system: You are a helpful assistant.
user:
Analyze the provided spectrum to determine if it is a **White Dwarf (WD)**.

A White Dwarf spectrum is defined by its **extreme purity** (due to gravitational settling) and/or **extreme pressure broadening** (due to high surface gravity). You must check for one of the following mutually exclusive signatures:

- **Key Visual Indicators (Check for ONE of these types):**

    - **1. DA-Type Signature (Most Common):**
        - **(Primary Feature):** Extreme pressure broadening (Stark broadening) of the **Hydrogen (H) Balmer lines**.
        - **(Key Lines):** $H\beta$ (approx. $4861$ Å) and $H\gamma$ (approx. $4340$ Å). $H\alpha$ (approx. $6563$ Å) will also be present if the wavelength range covers it.
        - **(Line Profile):** This is the **defining feature**. The lines are **NOT** sharp. They appear as massive, **extremely broad and deep "troughs" or "dips"** in the spectrum, often hundreds of Ångströms wide. The continuum will appear to "scoop" down at these wavelengths.
        - **(Distinction):** Normal A-type or B-type stars have *narrow* and *sharp* Hydrogen lines. A DA White Dwarf's lines are unmistakably "smeared" or "blurry" from pressure.

    - **2. DB-Type Signature:**
        - **(Primary Feature):** Broad absorption lines from **Neutral Helium (He I)**. The spectrum must lack any visible Hydrogen lines.
        - **(Key Lines):** Look for broad absorption near $4471$ Å, $4921$ Å, and $5876$ Å.
        - **(Line Profile):** These lines are also significantly pressure-broadened, appearing much wider than they would in a normal B-type main-sequence star.

    - **3. DC-Type Signature:**
        - **(Primary Feature):** A **featureless continuous spectrum**.
        - **(Line Profile):** The spectrum is a smooth curve with **no significant absorption or emission lines**.
        - **(Key Confirmation):** The continuum is almost always **blue or white**, indicating a hot object. This signature implies the atmosphere is so pure (or so cool) that no spectral lines are visible in the optical range. Its WD identity is confirmed by its extremely low intrinsic brightness (high absolute magnitude).

    - **4. DZ-Type Signature (Metal-Polluted):**
        - **(Primary Feature):** **Isolated, narrow metal absorption lines** on an otherwise featureless (DC-like) continuum.
        - **(Key Lines):** The **Calcium (Ca II) H & K doublet** (approx. **$3934$ Å** and **$3968$ Å**) is the most common and defining feature.
        - **(Line Profile):** These lines are "out of place." They are *not* part of a "forest" of thousands of lines. This signature is evidence of recent *accretion* (pollution) from rocky debris.
        - **(Distinction):** Normal G/K/M stars have a *dense forest* of thousands of metal lines. A DZ has a *clean* continuum with *only a few* strong metal lines.

    - **5. DQ-Type Signature (Carbon-Polluted):**
        - **(Primary Feature):** Absorption bands from **Carbon (C₂ "Swan Bands" or atomic C I)**.
        - **(Key Lines - C₂):** Look for bandheads with a "saw-tooth" shape near $5635$ Å, **$5165$ Å** (strongest), and $4737$ Å.
        - **(Key Confirmation):** The underlying **continuum must be blue or white** (hot).
        - **(Distinction):** This is the critical difference from a **Carbon Star**, which has the *exact same* C₂ bands but on an extremely **red, cool** continuum.

- **(Overall Spectrum):**
    - The continuum (overall shape) is typically **blue-sloping** (brighter in the blue than the red), as most white dwarfs are very hot.
    - The spectrum will look "pure" or "simple," dominated by only *one* of the five signatures listed above.

Think first, call **spectral_visualization_tool** if needed to examine features in detail, then provide your final answer. Your response must adhere to the following strict rules:
1.  **Overall Structure:** Your response must follow the format `<think>...</think> <tool_call>...</tool_call> (if a tool is used) <answer>...</answer>`.
2.  **Tool Usage Constraint:** You may only make **one** tool call per turn.
3.  **Final Answer Format:** In the `<answer>` tag, your conclusion must be inside a `\boxed{}` command (e.g., `\boxed{YES}` or `\boxed{NO}`), followed by your justification.

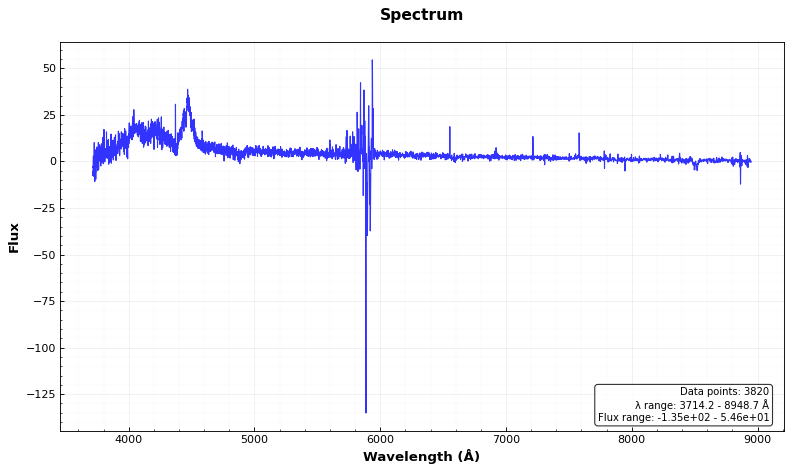
Answer: YES